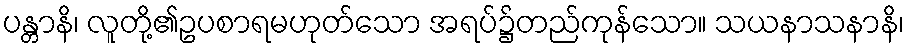
ပန္တာနိ၊ လူတို့၏ဥပစာရမဟုတ်သော အရပ်၌တည်ကုန်သော။ သယနာသနာနိ၊